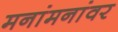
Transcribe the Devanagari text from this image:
मनांमनांवर